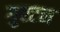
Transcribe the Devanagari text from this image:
गुस्टन